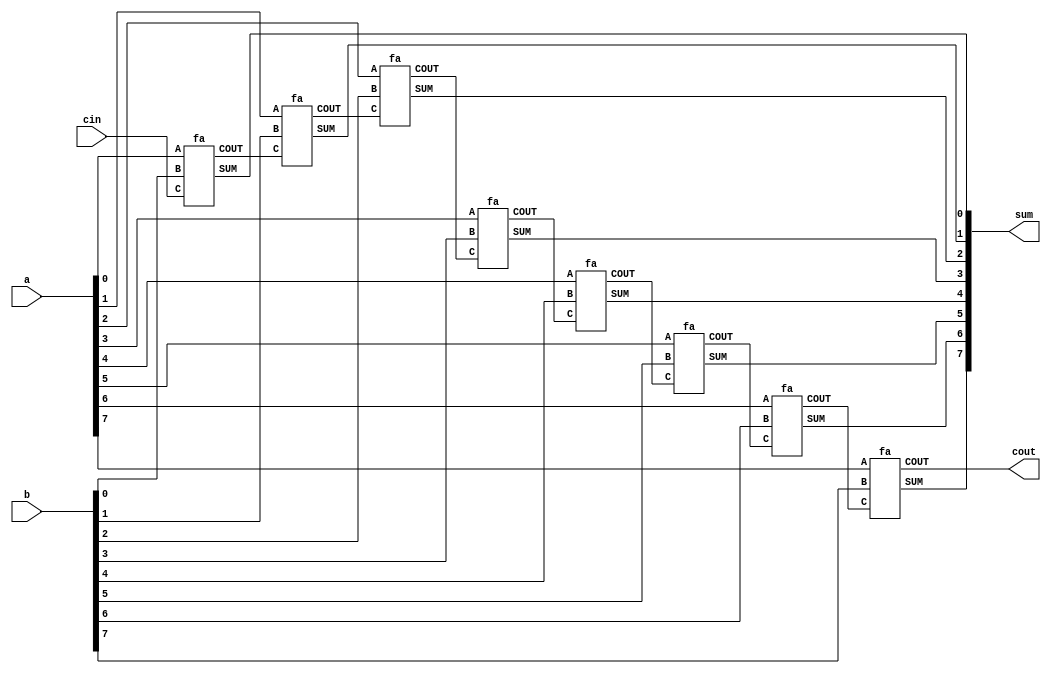
module ripplecarry(a, b, cin, sum, cout);
input [7:0] a;
input [7:0] b;
input cin;
output [7:0]sum;
output cout;
wire[6:0] c;
fa a1(a[0],b[0],cin,sum[0],c[0]);
fa a2(a[1],b[1],c[0],sum[1],c[1]);
fa a3(a[2],b[2],c[1],sum[2],c[2]);
fa a4(a[3],b[3],c[2],sum[3],c[3]);
fa a5(a[4],b[4],c[3],sum[4],c[4]);
fa a6(a[5],b[5],c[4],sum[5],c[5]);
fa a7(a[6],b[6],c[5],sum[6],c[6]);
fa a8(a[7],b[7],c[6],sum[7],cout);
endmodule

module fa(A,B,C,SUM,COUT);
  input A,B,C;
  output SUM,COUT;
  wire c1,c2;
  ha a(A,B,a1,c1);
  ha b(a1,C,SUM,c2);
  or (COUT,c1,c2);
endmodule

module ha(a,b,sum,cout);
  input a,b;
  output sum,cout;
  assign sum=a^b;
  assign cout=a&b;
endmodule